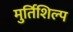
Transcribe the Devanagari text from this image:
मुर्तिशिल्प